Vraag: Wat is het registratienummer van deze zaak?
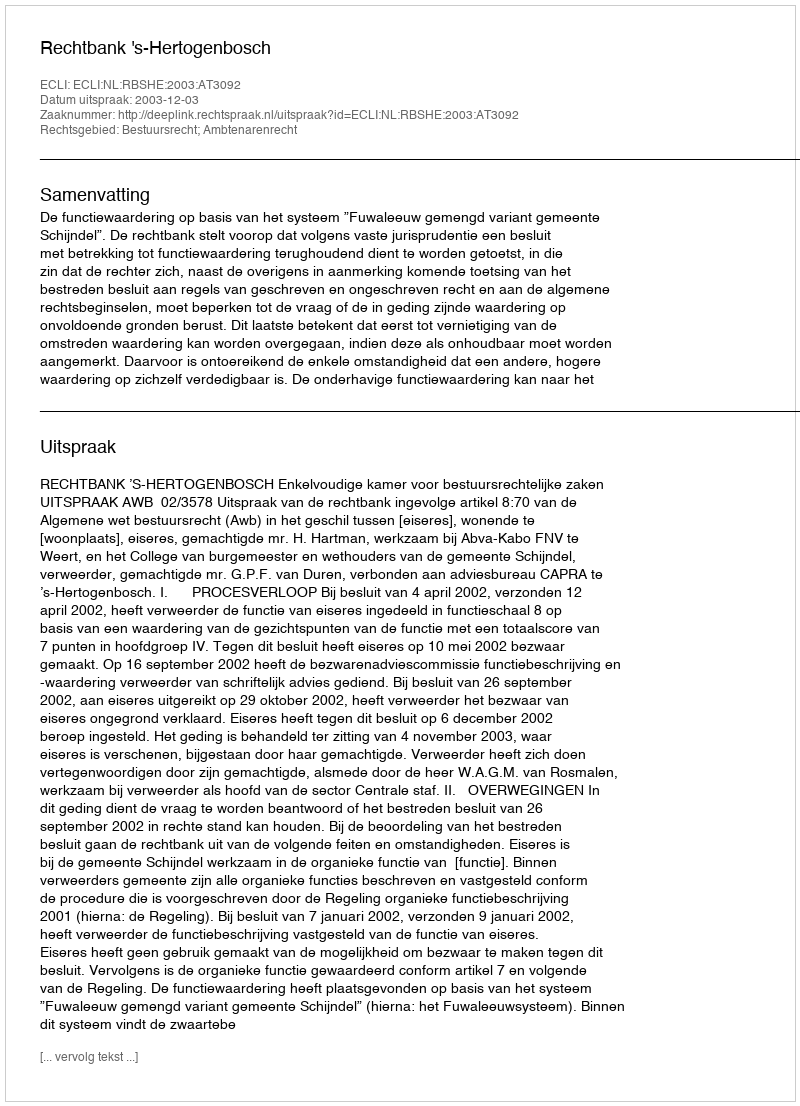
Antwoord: http://deeplink.rechtspraak.nl/uitspraak?id=ECLI:NL:RBSHE:2003:AT3092